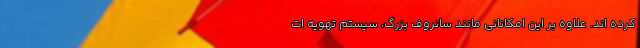
کرده اند. علاوه بر این امکانانی مانند سانروف بزرگ، سیستم تهویه ات